Indian journal of veterinary science and animal husbandry - Volumes 18-21, 1948-1951
Year: 1948
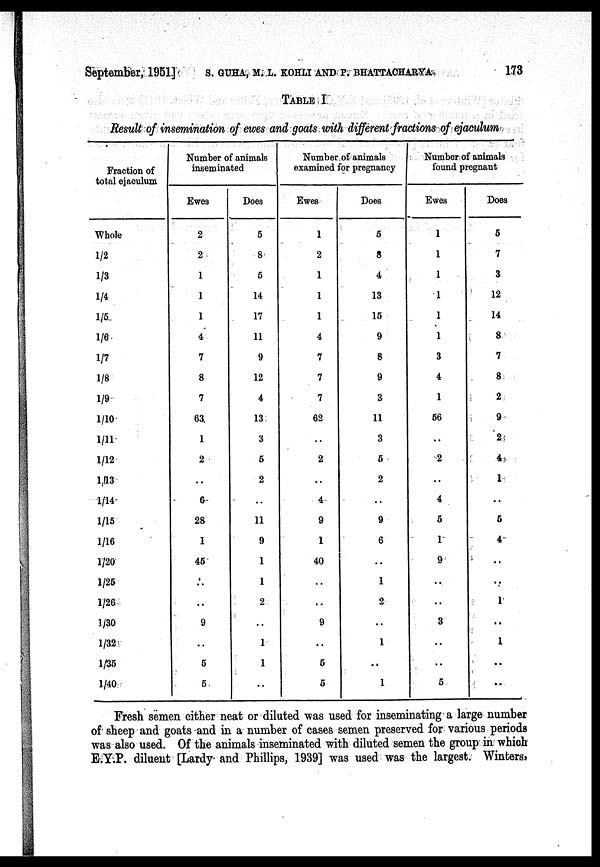
September, 1951] S. GUHA, M. L. KOHLI AND P. BHATTACHARYA 173
TABLE I
Result of insemination of ewes and goats with different fractions of ejaculum
Fraction of
total ejaculum
Whole
1/2
1/3
1/4
1/5
1/6
1/7
1/8
1/9
1/10
1/11
1/12
1/13
1/14
1/15
1/16
1/20
1/25
1/26
1/30
1/32
1/35
1/40
Number of animals
inseminated
Ewes
2
2
1
1
1
4
7
8
7
63
1
2
..
6
28
1
45
..
..
9
..
5
5
Does
5
8
5
14
17
11
9
12
4
13
3
5
2
..
11
9
1
1
2
..
1
1
..
Number of animals
examined for pregnancy
Ewes
1
2
1
1
1
4
7
7
7
62
..
2
..
4
9
1
40
..
..
9
..
5
5
Does
5
8
4
13
15
9
8
9
3
11
3
5
2
..
9
6
..
1
2
..
1
..
1
Number of animals
found pregnant
Ewes
1
1
1
1
1
1
3
4
1
56
..
2
..
4
5
1
9
..
..
3
..
..
5
Does
5
7
3
12
14
8
7
8
2
9
2
4
1
..
6
4
..
..
1
..
1
..
..
Fresh semen either neat or diluted was used for inseminating a large number
of sheep and goats and in a number of cases semen preserved for various periods
was also used. Of the animals inseminated with diluted semen the group in which
E.Y.P. diluent [Lardy and Phillips, 1939] was used was the largest. Winters,